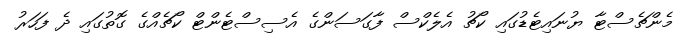
މެންޗެސްޓާ ޔުނައިޓެޑުގައި ކޯޗު އެލެކްސް ފާގަސަންގެ އެސިސްޓެންޓް ކޯޗެއްގެ ގޮތުގައި ދެ ފަހަރު